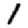
Digit: 1